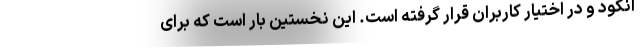
انکود و در اختیار کاربران قرار گرفته است. این نخستین بار است که برای